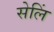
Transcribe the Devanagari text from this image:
सेलिं